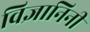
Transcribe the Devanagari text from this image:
विज्ञानिनी